Lunatic asylums Burma 1907-21 - 1907-1921
Year: 1907
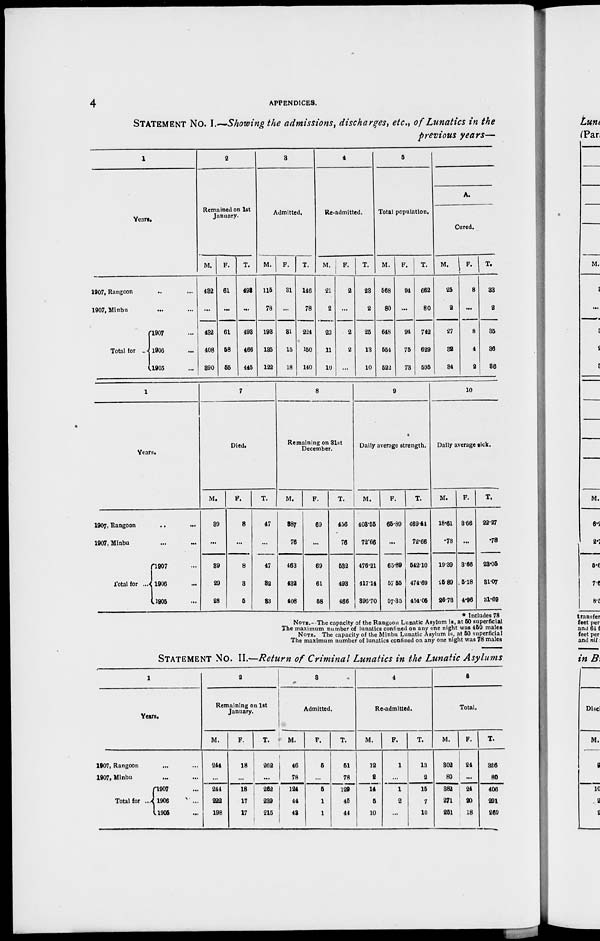
4
APPENDICES.
STATEMENT No. I.—Showing the admissions, discharges, etc., of Lunatics in the
previous years—
1
Years.
1907, Rangoon ... ...
1907, Minbu ... ...
Total for ..
1907 ...
1906 ...
1905 ...
2
Remained on 1st
January.
M.
432
...
432
408
390
F.
61
...
61
58
55
T.
493
...
493
466
445
3
Admitted.
M.
115
78
193
135
122
F.
31
...
31
15
18
T.
146
78
224
150
140
4
Re-admitted.
M.
21
2
23
11
10
F.
2
...
2
2
...
T.
23
2
25
13
10
5
Total population.
M.
568
80
648
554
522
F.
94
...
94
75
73
T.
662
80
742
629
595
A.
Cured.
M.
25
2
27
32
34
F.
8
...
8
4
2
T.
33
2
35
36
36
1
Years.
1907, Rangoon
...
...
1907, Minbu ... ...
Total for ...
1907 ...
1906 ...
1905 ...
7
Died.
M.
39
...
39
29
28
F.
8
...
8
3
5
T.
47
...
47
32
33
8
Remaining on 31st
December.
M.
387
76
463
432
408
F.
69
...
69
61
58
T.
456
76
532
493
466
9
Daily average strength.
M.
403.55
72.66
476.21
417.14
396.70
F.
65.89
...
65.89
57.55
57.35
T.
469.44
72.66
542.10
474.69
454.05
10
Daily average sick.
M.
18.61
.78
19.39
25.89
26.78
F.
3.66
...
3.66
5.18
4.96
T.
22.27
.78
23.05
31.07
31.69
* Includes 78
NOTE.—The capacity of the Rangoon Lunatic Asylum is, at 50 superficial
The maximum number of lunatics confined on any one night was 450 males
NOTE. The capacity of the Minbu Lunatic Asylum is, at 50 superficial
The maximum number of lunatics confined on any one night was 78 males
STATEMENT No. II.—Return of Criminal Lunatics in the Lunatic Asylums
1
Years.
1907, Rangoon ... ...
1907, Minbu ... ...
Total for ...
1907 ...
1906 ...
1905 ...
2
Remaining on 1st
January.
M.
244
...
244
222
198
F.
18
...
18
17
17
T.
262
...
262
239
215
3
Admitted.
M.
46
78
124
44
43
F.
5
...
5
1
1
T.
51
78
129
45
44
4
Re-admitted.
M.
12
2
14
5
10
F.
1
...
1
2
...
T.
13
2
15
7
10
5
Total.
M.
302
80
382
271
251
F.
24
...
24
20
18
T.
326
80
406
291
269